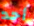
أحد